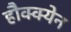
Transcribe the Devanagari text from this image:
हौक्क्येन